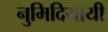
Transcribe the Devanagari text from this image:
नुमिदियायी